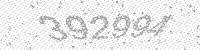
Solution: 392994